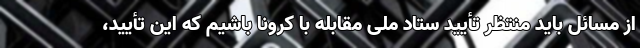
از مسائل باید منتظر تأیید ستاد ملی مقابله با کرونا باشیم که این تأیید،